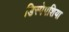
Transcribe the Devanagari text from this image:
डिस्पेपशिया